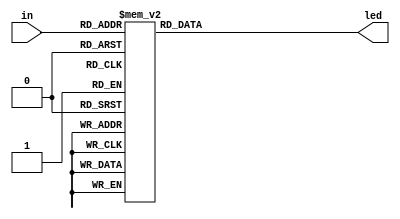
module seven_segment
(
    input [3:0] in,
    output reg [6:0] led
);

    always @ (in)
    begin
        case (in)
            0: led = 7'b1000000;
            1: led = 7'b1111001;
            2: led = 7'b0100100;
            3: led = 7'b0110000;
            4: led = 7'b0011001;
            5: led = 7'b0010010;
            6: led = 7'b0000010;
            7: led = 7'b1111000;
            8: led = 7'b0000000;
            9: led = 7'b0011000;
            10: led = 7'b0001000;
            11: led = 7'b0000011;
            12: led = 7'b1000110;
            13: led = 7'b0100001;
            14: led = 7'b0000110;
            15: led = 7'b0001110;
        endcase
    end
endmodule